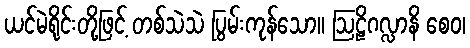
ယင်မဲရိုင်းတို့ဖြင့် တစ်သဲသဲ ပြွမ်းကုန်သော။ ဩဠိဂလ္လာနိ စေဝ၊